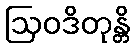
ဩဝဒိတုန္တိ